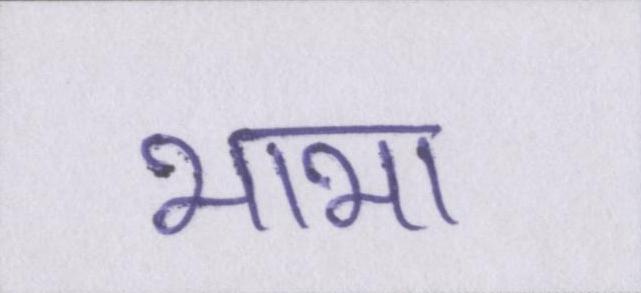
भाभा